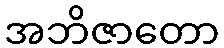
အဘိဇာတော